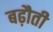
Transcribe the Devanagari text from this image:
बढ़ौती